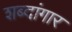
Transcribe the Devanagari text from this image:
शब्दांगार